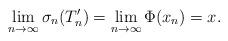
LaTeX: \begin{align*}\lim_{n \rightarrow \infty} \sigma_n(T_n^\prime) = \lim_{n \rightarrow \infty} \Phi(x_n) = x.\end{align*}